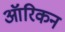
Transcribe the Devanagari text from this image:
ऑरिकन